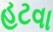
હટવા